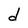
Character: d